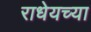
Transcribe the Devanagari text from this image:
राधेयच्या